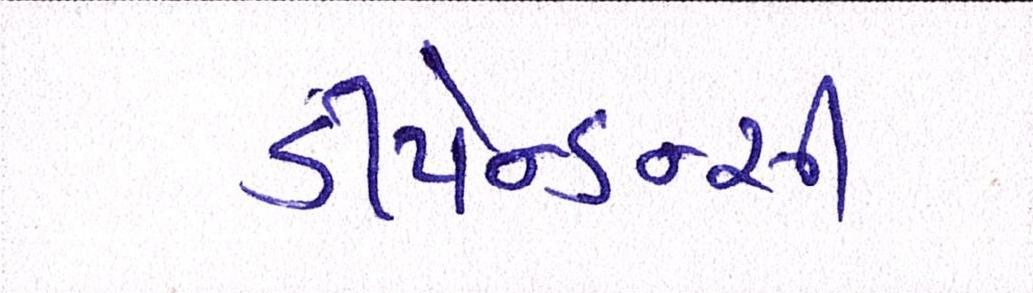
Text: ડીપેન્ડન્સી